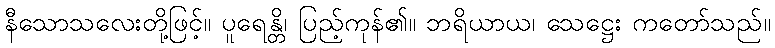
နီသောသလေးတို့ဖြင့်။ ပူရေန္တိ၊ ပြည့်ကုန်၏။ ဘရိယာယ၊ သေဋ္ဌေး ကတော်သည်။